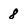
Character: 8